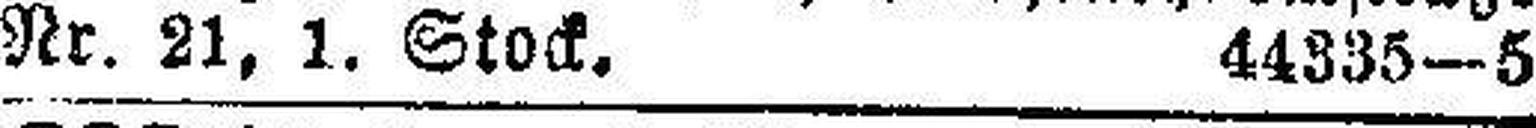
Nr. 21, 1, Stock. 44335-5